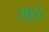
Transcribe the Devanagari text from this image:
साऽऽ